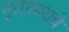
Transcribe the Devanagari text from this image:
मृताहाराचे